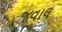
જવાલ